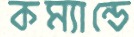
কম্যান্ডে